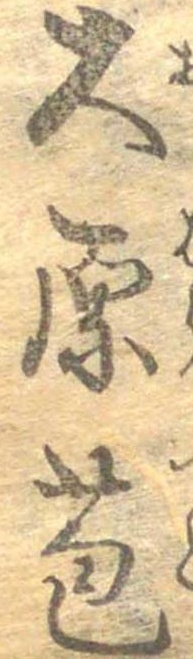
大原苞